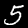
Digit: 5